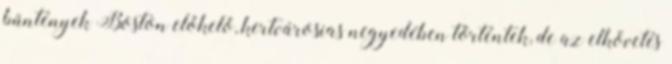
bűntények Boston előkelő, kertvárosias negyedében történtek, de az elkövetés